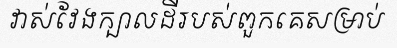
វាស់វែងក្បាលដីរបស់ពួកគេសម្រាប់